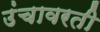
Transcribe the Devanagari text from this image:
उंचावरती